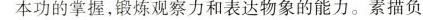
本功的掌握，锻炼观察力和表达物象的能力。素描负